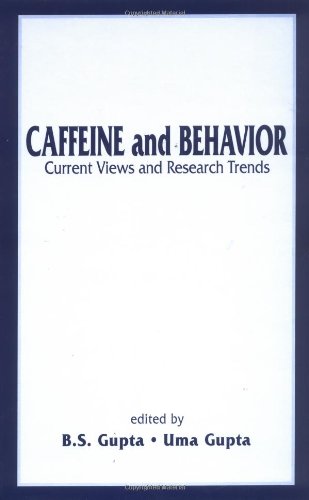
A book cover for Caffeine and Behavior: Current Views and Research Trends; Health, Fitness & Dieting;